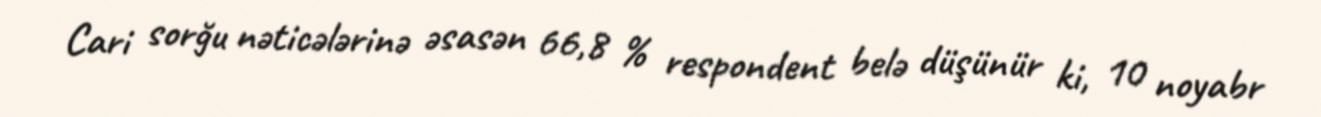
Cari sorğu nəticələrinə əsasən 66,8 % respondent belə düşünür ki, 10 noyabr